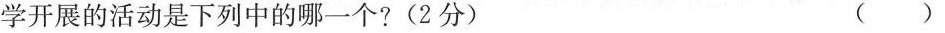
学开展的活动是下列中的哪一个?(2分) （ ）